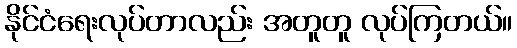
နိုင်ငံရေးလုပ်တာလည်း အတူတူ လုပ်ကြတယ်။